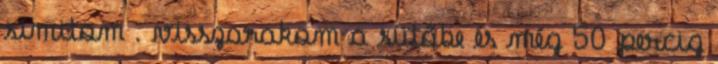
simitom . visszarakom a sütőbe és még 50 percig